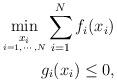
LaTeX: \begin{align*}\underset{\underset{ i=1,\cdots,N}{x_{i}}}{\min }\sum_{i=1}^{N}f_{i}(x_{i})\\\,g_{i}(x_{i})\leq0,\end{align*}